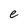
Character: e